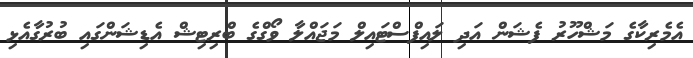
އެމެރިކާގެ މަޝްހޫރު ފެޝަން އަދި ލައިފްސްޓައިލް މަޖައްލާ ވޯގްގެ ބްރިޓިޝް އެޑިޝަންގައި ބުރުގާއެޅި